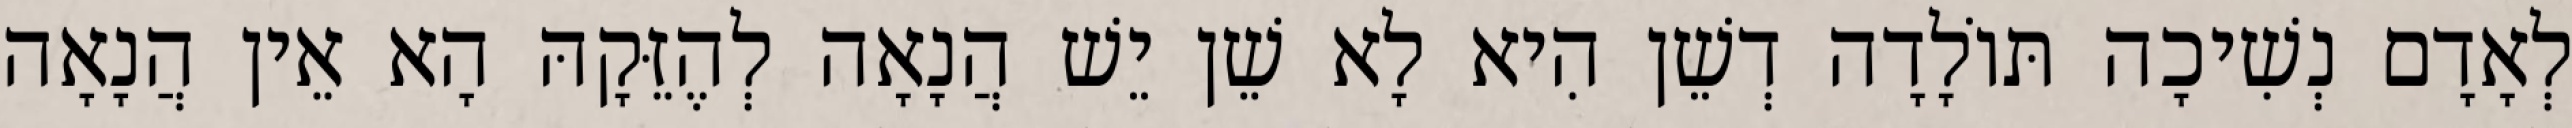
לְאָדָם נְשִׁיכָה תּוֹלָדָה דְשֵׁן הִיא לָא שֵׁן יֵשׁ הֲנָאָה לְהֶזֵּקָהּ הָא אֵין הֲנָאָה